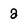
Character: a